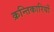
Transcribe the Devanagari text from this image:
क्रन्तिकारियों